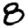
Digit: 8